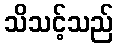
သိသင့်သည်